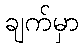
ချက်မှာ